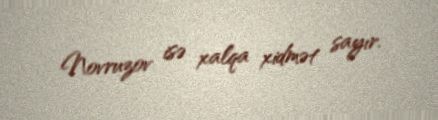
Novruzov isə xalqa xidmət sayır.